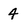
Character: 4